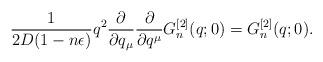
LaTeX: \begin{align*}\frac{1}{2D(1-n\epsilon)}q^2\frac{\partial}{\partial q_\mu}\frac{\partial}{\partial q^\mu}G^{[2]}_n(q;0)=G^{[2]}_n(q;0).\end{align*}